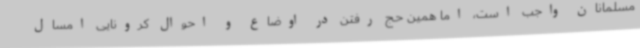
مسلمانان واجب است، اما همین حج رفتن در اوضاع و احوال کرونایی امسال